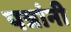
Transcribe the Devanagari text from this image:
पत्रांनी